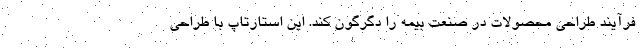
فرآیند طراحی محصولات در صنعت بیمه را دگرگون کند. این استارتاپ با طراحی